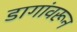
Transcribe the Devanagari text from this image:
डागांवरून